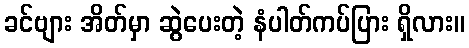
ခင်ဗျား အိတ်မှာ ဆွဲပေးတဲ့ နံပါတ်ကပ်ပြား ရှိလား။